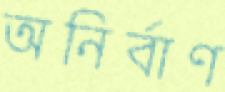
অনির্বাণ